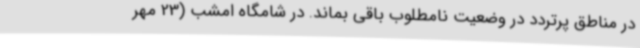
در مناطق پرتردد در وضعیت نامطلوب باقی بماند. در شامگاه امشب (23 مهر